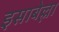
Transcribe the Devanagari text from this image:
इसाबेल्ला